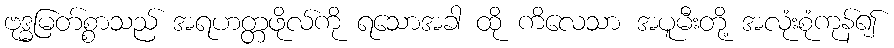
ဗုဒ္ဓမြတ်စ္စာသည် အရဟတ္တဖိုလ်ကို ရသောအခါ ထို ကိလေသာ အပူမီးတို့ အလုံးစုံကုန်၍